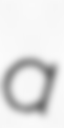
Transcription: a